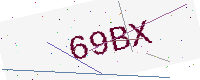
Text: 69BX